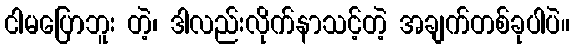
ငါမပြောဘူး တဲ့၊ ဒါလည်းလိုက်နာသင့်တဲ့ အချက်တစ်ခုပါပဲ။